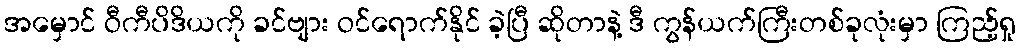
အမှောင် ဝီကီပိဒိယကို ခင်ဗျား ဝင်ရောက်နိုင် ခဲ့ပြီ ဆိုတာနဲ့ ဒီ ကွန်ယက်ကြီးတစ်ခုလုံးမှာ ကြည့်ရှု